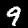
Label: 9